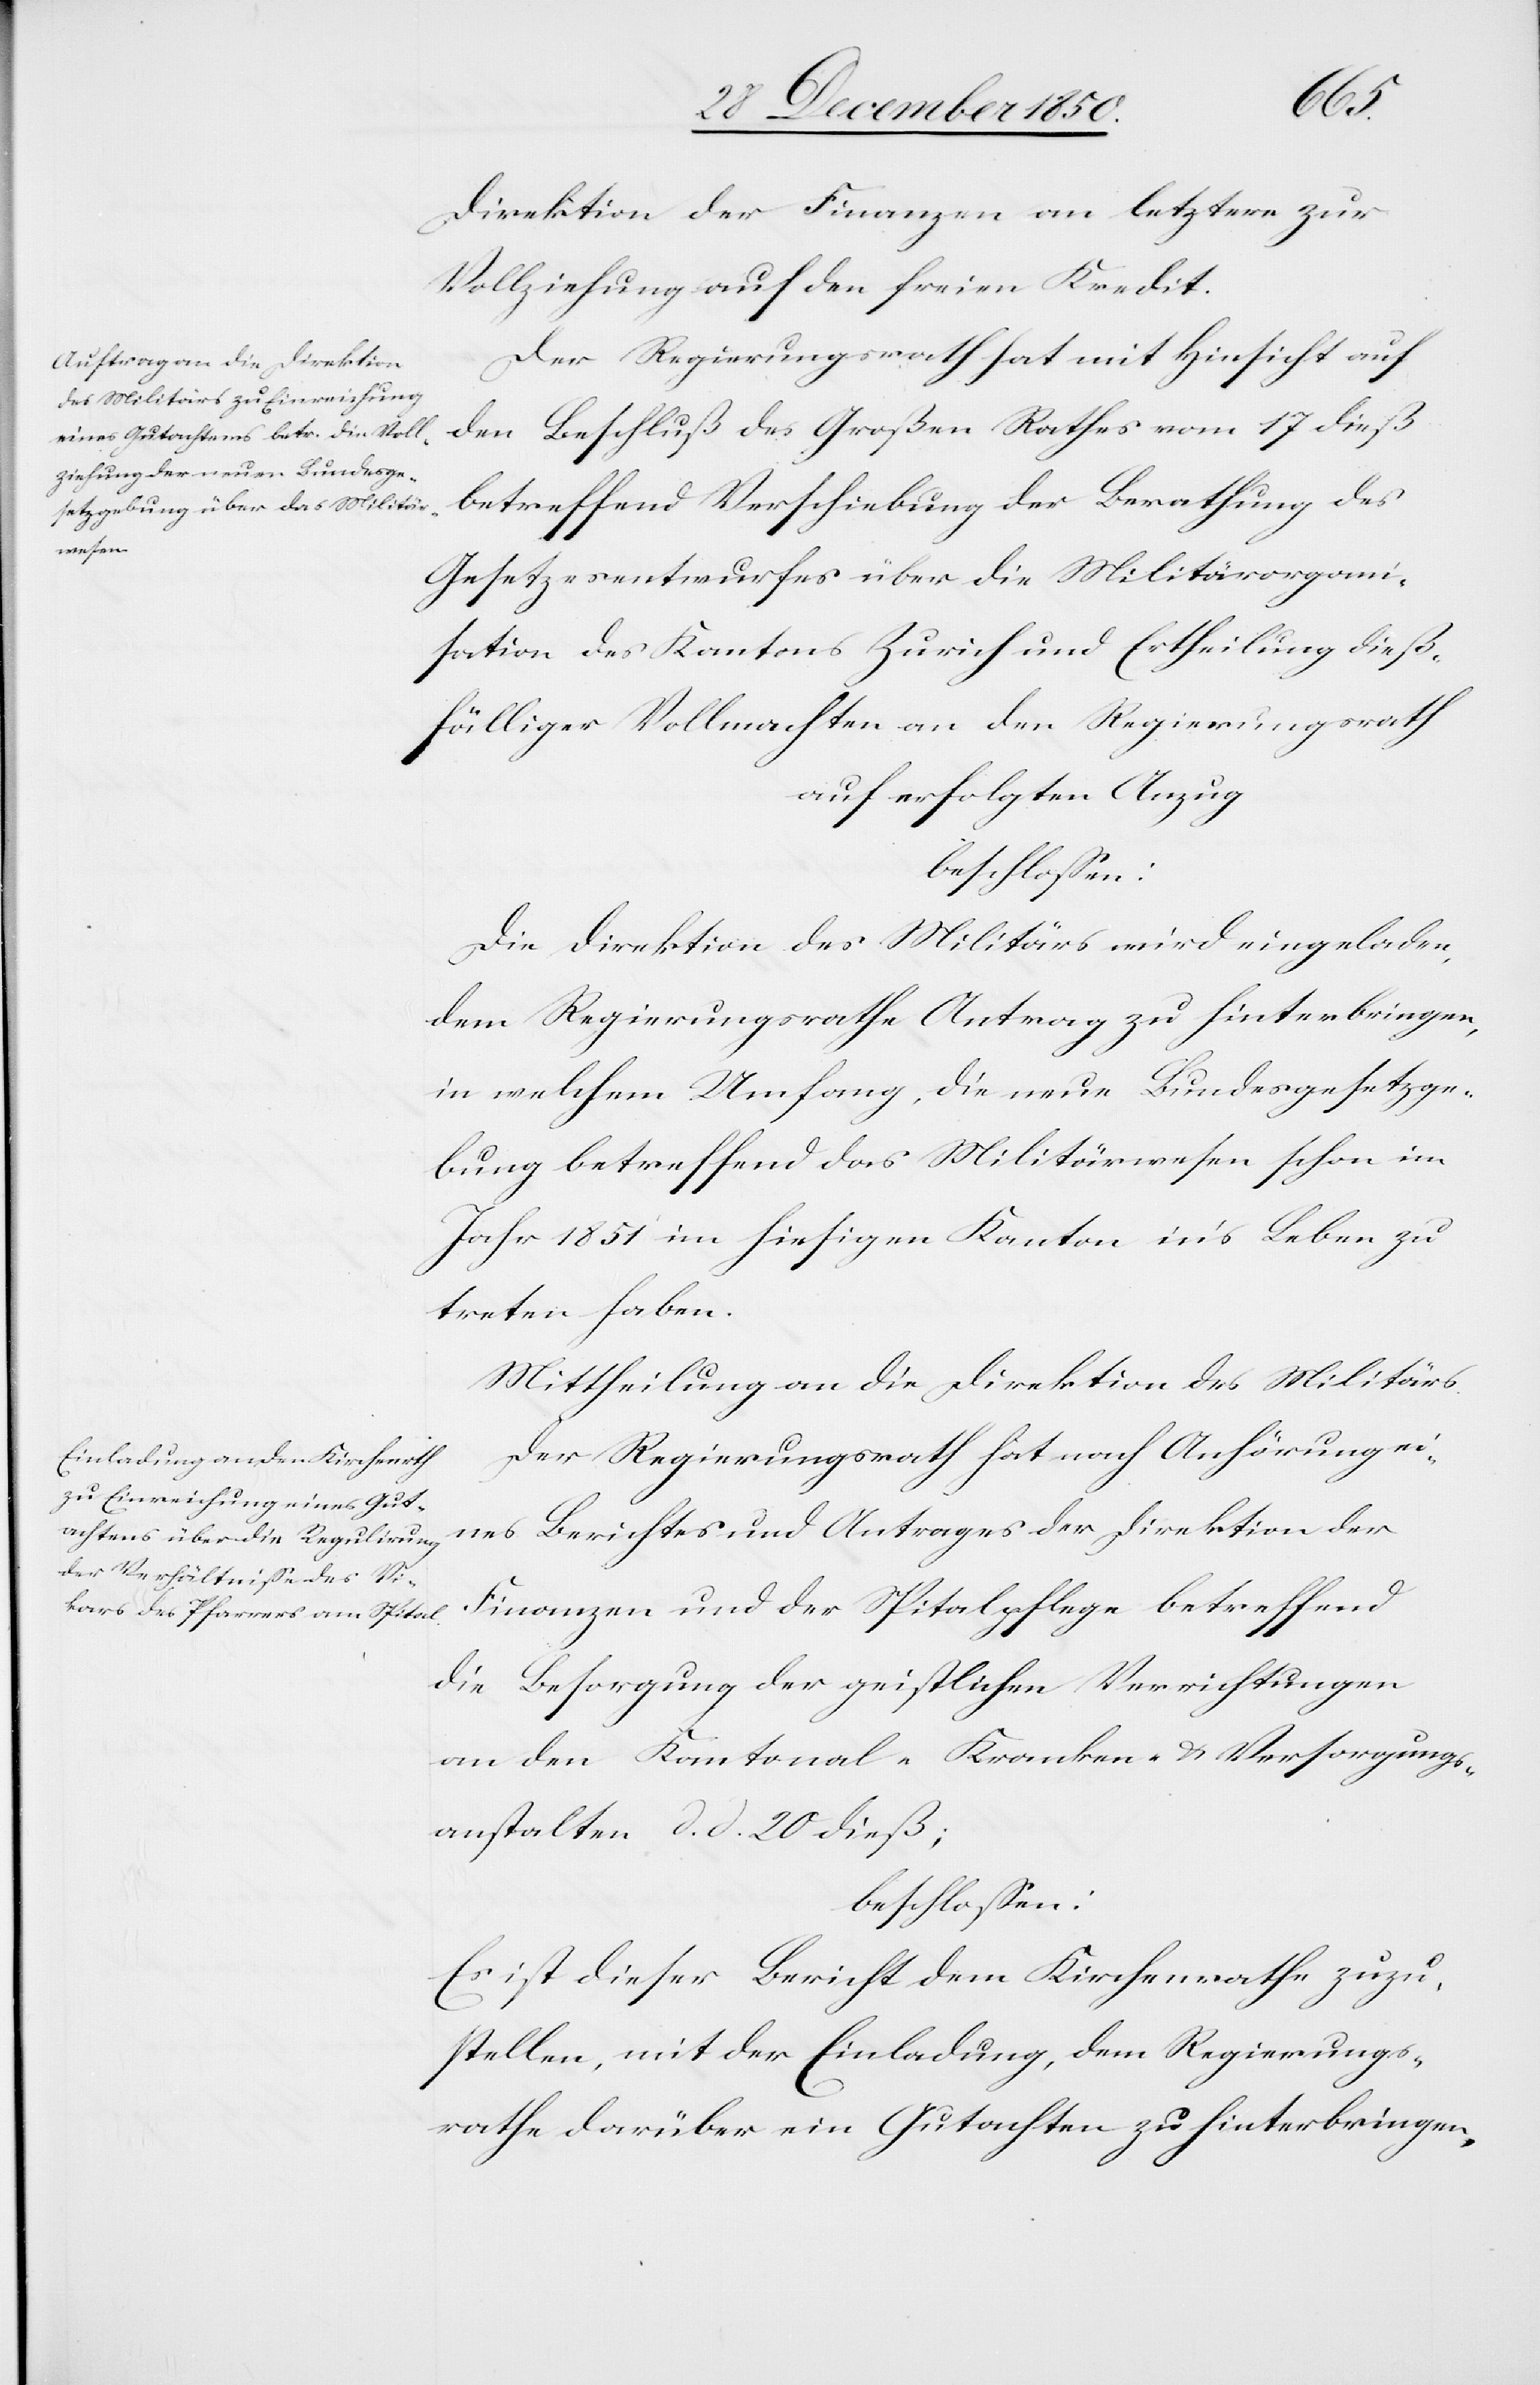
be].
Direktion der Finanzen an letztere zur
Vollziehung auf den freien Kredit.
Der Regierungsrath hat mit Hinsicht auf
den Beschluß des Großen Rathes vom 17 dieß
betreffend Verschiebung der Berathung des
Gesetzesentwurfes über die Militärorgani¬
sation des Kantons Zurich [sic!] und Ertheilung dieß¬
fälliger Vollmachten an den Regierungsrath
auf erfolgten Anzug
beschlossen:
Die Direktion des Militärs wird eingeladen,
dem Regierungsrathe Antrag zu hinterbringen,
in welchem Umfang, die neue Bundesgesetzge¬
bung betreffend das Militärwesen schon im
Jahr 1851 im hiesigen Kanton in’s Leben zu
treten haben
Mittheilung an die Direktion des Militärs[.]
Der Regierungsrath hat nach Anhörung ei¬
nes Berichtes und Antrages der Direktion der
Finanzen und der Spitalpflege betreffend
die Besorgung der geistlichen Verrichtungen
an den Kantonal-[,] Kranken- u. Versorgungs¬
anstalten d. d. 20 dieß;
beschlossen:
Es ist dieser Bericht dem Kirchenrathe zuzu¬
stellen, mit der Einladung, dem Regierungs¬
rathe darüber ein Gutachten zu hinterbringen,